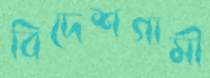
বিদেশগামী